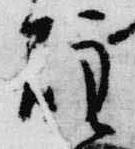
炷